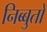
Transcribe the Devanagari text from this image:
निब्बुतो